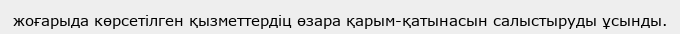
жоғарыда көрсетілген қызметтердіц өзара қарым-қатынасын салыстыруды ұсынды.